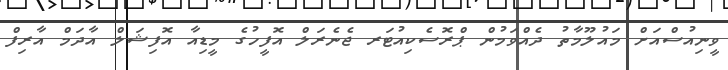
ވީނިއުސްއަށް މައުލޫމާތު ދެއްވަމުން ޕްރޮސެކިއުޓަރ ޖެނެރަލް އޮފީހުގެ މީޑިއާ އޮފިޝަލް އާދަމް އާރިފް